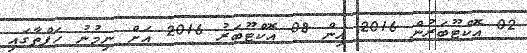
02 އޮކްޓޫބަރުން 2016 އިން 08 އޮކްޓޫބަރު 2016 އަށް ނިމުނު ހަފްތާގައި